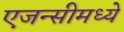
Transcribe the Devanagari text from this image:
एजन्सीमध्ये